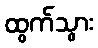
ထွက်သွား